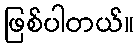
ဖြစ်ပါတယ်။